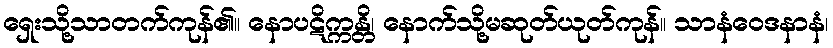
ရှေးသို့သာတက်ကုန်၏။ နောပဋိက္ကန္တိ၊ နောက်သို့မဆုတ်ယုတ်ကုန်။ သာနံဝေဒနာနံ၊